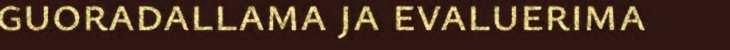
guoradallama ja evaluerima